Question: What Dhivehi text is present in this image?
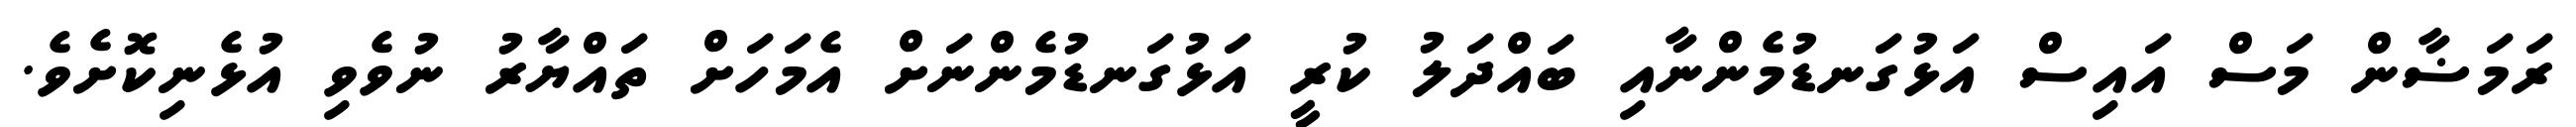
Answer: ރަމަޟާން މަސް އައިސް އަޅުގަނޑުމެންނާއި ބައްދަލު ކުރީ އަޅުގަނޑުމެންނަށް އެމަހަށް ތައްޔާރު ނުވެވި އުޅެނިކޮށެވެ.